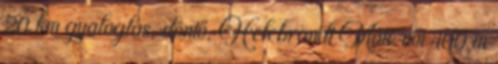
20 km gyaloglás, döntő, Helebrandt Máté női 400 m